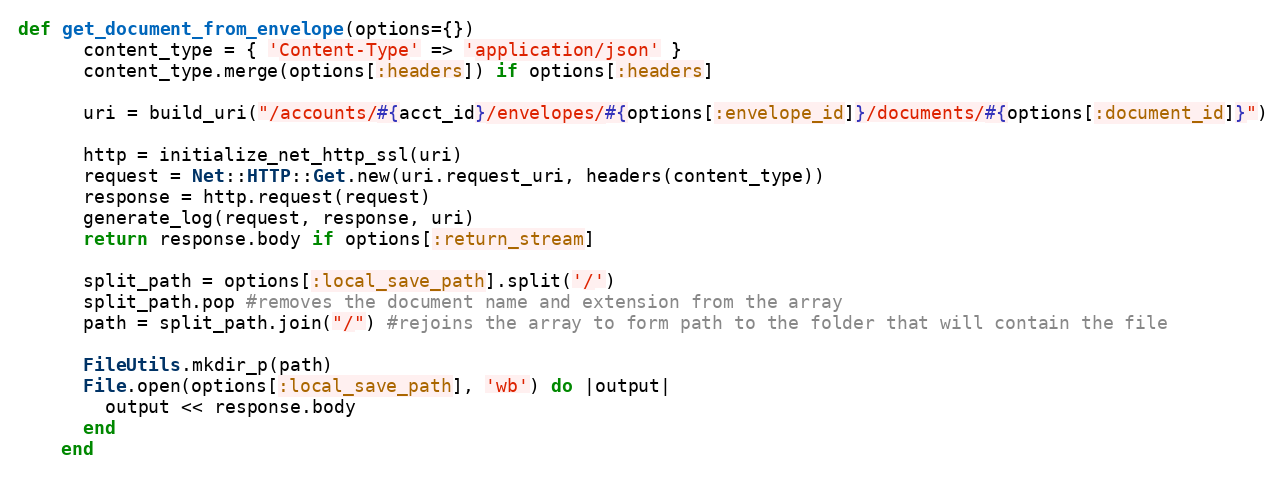
Language: Ruby
def get_document_from_envelope(options={})
      content_type = { 'Content-Type' => 'application/json' }
      content_type.merge(options[:headers]) if options[:headers]

      uri = build_uri("/accounts/#{acct_id}/envelopes/#{options[:envelope_id]}/documents/#{options[:document_id]}")

      http = initialize_net_http_ssl(uri)
      request = Net::HTTP::Get.new(uri.request_uri, headers(content_type))
      response = http.request(request)
      generate_log(request, response, uri)
      return response.body if options[:return_stream]

      split_path = options[:local_save_path].split('/')
      split_path.pop #removes the document name and extension from the array
      path = split_path.join("/") #rejoins the array to form path to the folder that will contain the file

      FileUtils.mkdir_p(path)
      File.open(options[:local_save_path], 'wb') do |output|
        output << response.body
      end
    end